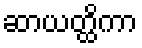
ဆာယတ္ထိကာ